Civil Veterinary Dept. Bombay admin report 1893-99 - 1893-1899
Year: 1893
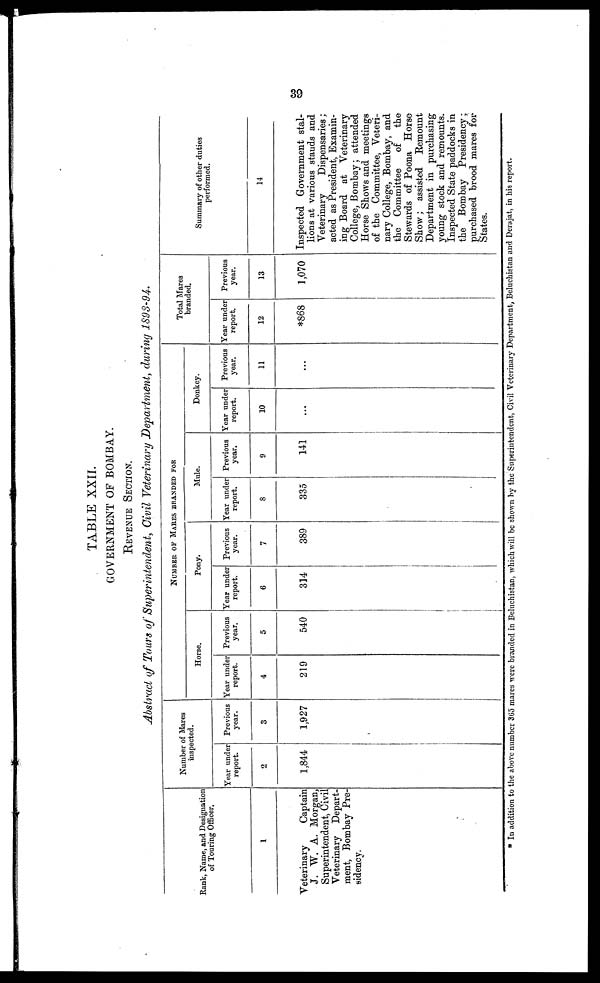
39
TABLE XXII.
GOVERNMENT OF BOMBAY.
Revenue Section.
Abstract of Tours of Superintendent, Civil Veterinary Department, during 1893-94.
Rank, Name, and Designation
of Touring Officer.
1
Veterinary
Captain
J. W. A. Morgan,
Superintendent, Civil
Veterinary Depart-
ment, Bombay Pre-
sidency.
Number of Mares
inspected.
Year under
report.
2
1,844
Previous
year.
3
1,927
NUMBER OF MARES BRANDED FOR
Hores.
Year under
report.
4
219
Previous
year.
5
540
Pony.
Year under
report.
6
314
Previous
year.
7
389
Mule.
Year under
report.
8
335
Previous
year.
9
141
Donkey.
Year under
report.
10
...
Previous
year.
11
...
Total Mares
branded.
Year under
report.
12
*868
Previous
year.
13
1,070
Summary of other duties
performed.
14
Inspected Government stal-
lions at various stauds and
Veterinary
Dispensaries;
acted as President, Examin-
ing Board at Veterinary
College, Bombay; attended
Horse Shows and meetings
of the Committee, Veteri-
nary College, Bombay, and
the Committee
of
the
Stewards of Poona Horse
Show; assisted Remount
Department in purchasing
young stock and remounts.
Inspected State paddocks in
the Bombay Presidency;
purchased brood mares for
States.
* In addition to the above number 365 mares were branded in Beluchistan, which will be shown by the Superintendent, Civil Veterinary Department, Beluchistan and Derajat, in his report.